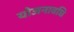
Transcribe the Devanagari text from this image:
योजनावधि